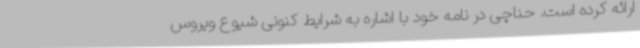
ارائه کرده است. حناچی در نامه خود با اشاره به شرایط کنونی شیوع ویروس